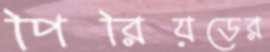
পিরিয়ডের